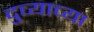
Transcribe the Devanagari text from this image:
दुव्याच्या